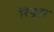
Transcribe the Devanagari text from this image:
रियूतर